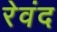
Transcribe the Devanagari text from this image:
रेवंद